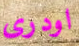
اودرى